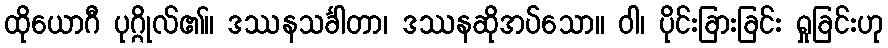
ထိုယောဂီ ပုဂ္ဂိုလ်၏။ ဒဿနသင်္ခါတာ၊ ဒဿနဆိုအပ်သော။ ဝါ၊ ပိုင်းခြားခြင်း ရှုခြင်းဟု